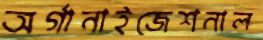
অর্গানাইজেশনাল